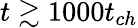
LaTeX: t\gtrsim 1000t_{ch}